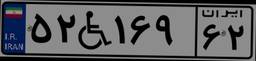
۵۲W۱۶۹۶۲